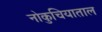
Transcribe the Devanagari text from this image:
नोकुचियाताल